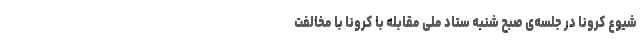
شیوع کرونا در جلسه‌ی صبح شنبه‌ ستاد ملی مقابله با کرونا با مخالفت